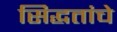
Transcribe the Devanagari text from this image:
सिद्धतांचे